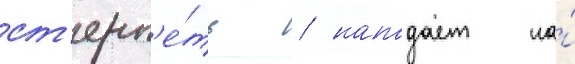
ст'ерп'е́ть / нападает на́